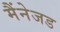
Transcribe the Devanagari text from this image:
मैंनेजड